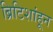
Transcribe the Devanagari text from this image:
ब्रिटिशांहून